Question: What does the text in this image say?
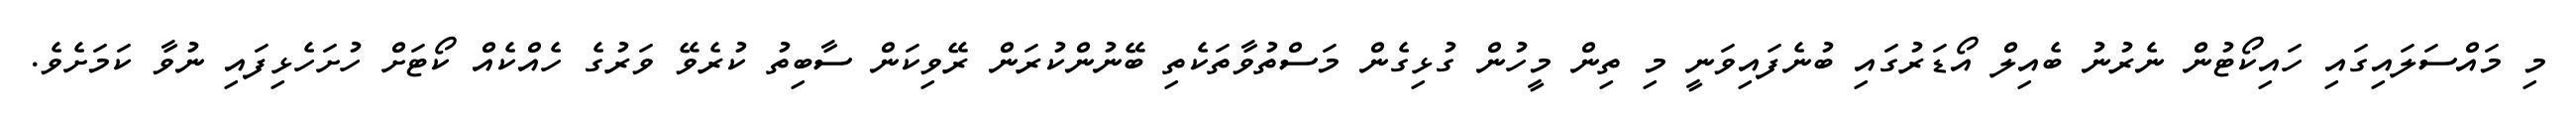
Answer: މި މައްސަލައިގައި ހައިކޯޓުން ނެރުނު ބެއިލް އޯޑަރުގައި ބުނެފައިވަނީ މި ތިން މީހުން ގުޅިގެން މަސްތުވާތަކެތި ބޭނުންކުރަން ރޭވިކަން ސާބިތު ކުރެވޭ ވަރުގެ ހެއްކެއް ކޯޓަށް ހުށަހެޅިފައި ނުވާ ކަމަށެވެ.